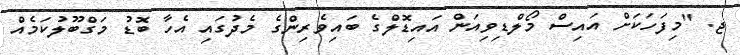
ޖ. "މިފަހަކަށް އައިސް މޯލްޑިވިއަން އައިޑޮލްގެ ބައިވެރިންގެ މެދުގައި އެހާ ބޮޑު މަގްބޫލުކަމެއް